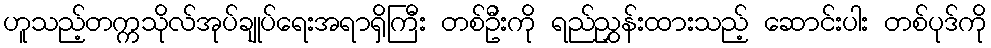
ဟူသည့်တက္ကသိုလ်အုပ်ချုပ်ရေးအရာရှိကြီး တစ်ဦးကို ရည်ညွှန်းထားသည့် ဆောင်းပါး တစ်ပုဒ်ကို